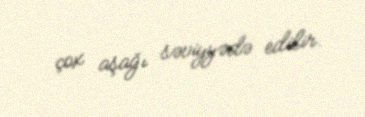
çox aşağı səviyyədə edilir.